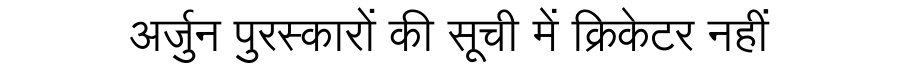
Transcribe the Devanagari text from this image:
अर्जुन पुरस्कारों की सूची में क्रिकेटर नहीं